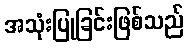
အသုံးပြုခြင်းဖြစ်သည်